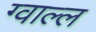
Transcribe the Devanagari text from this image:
ग्वाल्ल